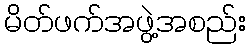
မိတ်ဖက်အဖွဲ့အစည်း